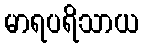
မာရပရိသာယ